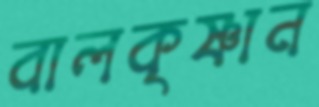
বালকৃষ্ণান